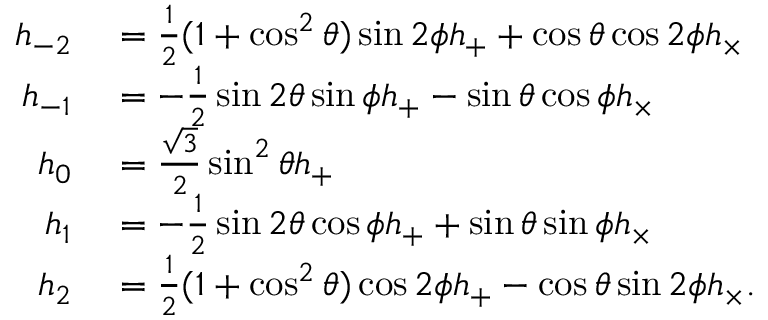
\begin{array} { r l } { h _ { - 2 } } & { { } = \frac 1 2 ( 1 + \cos ^ { 2 } \theta ) \sin 2 \phi h _ { + } + \cos \theta \cos 2 \phi h _ { \times } } \\ { h _ { - 1 } } & { { } = - \frac 1 2 \sin 2 \theta \sin \phi h _ { + } - \sin \theta \cos \phi h _ { \times } } \\ { h _ { 0 } } & { { } = \frac { \sqrt { 3 } } { 2 } \sin ^ { 2 } \theta h _ { + } } \\ { h _ { 1 } } & { { } = - \frac 1 2 \sin 2 \theta \cos \phi h _ { + } + \sin \theta \sin \phi h _ { \times } } \\ { h _ { 2 } } & { { } = \frac 1 2 ( 1 + \cos ^ { 2 } \theta ) \cos 2 \phi h _ { + } - \cos \theta \sin 2 \phi h _ { \times } . } \end{array}